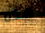
هذه